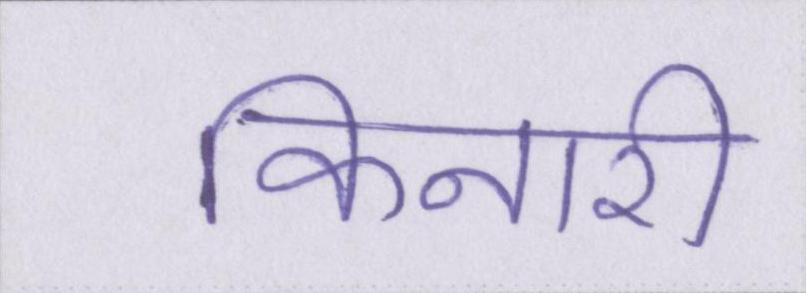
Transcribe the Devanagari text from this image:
किनारी